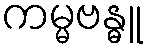
ကမ္မဗန္ဓူ